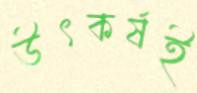
উৎকর্ষই